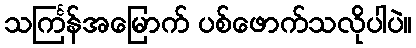
သင်္ကြန်အမြောက် ပစ်ဖောက်သလိုပါပဲ။